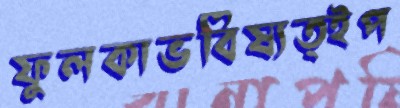
ফুলকাভবিষ্যত্ইপ